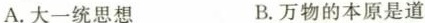
A.大一统思想 B.万物的本原是道